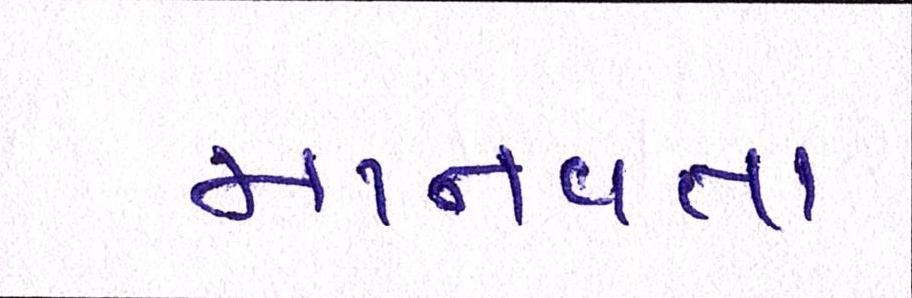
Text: માનવતા